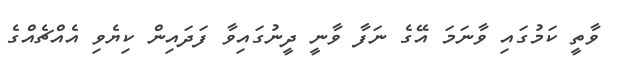
ވާތީ ކަމުގައި ވާނަމަ އޭގެ ނަފާ ވާނީ ދީނުގައިވާ ފަދައިން ކިޔެވި އެއްޗެއްގެ